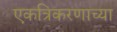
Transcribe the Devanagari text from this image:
एकत्रिकरणाच्या